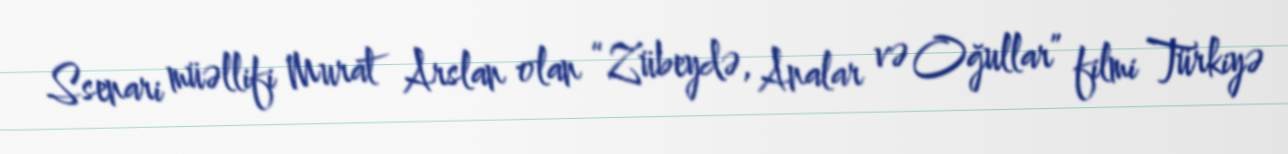
Ssenari müəllifi Murat Arslan olan “Zübeydə, Analar və Oğullar” filmi Türkiyə